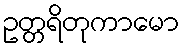
ဥတ္တရိတုကာမော